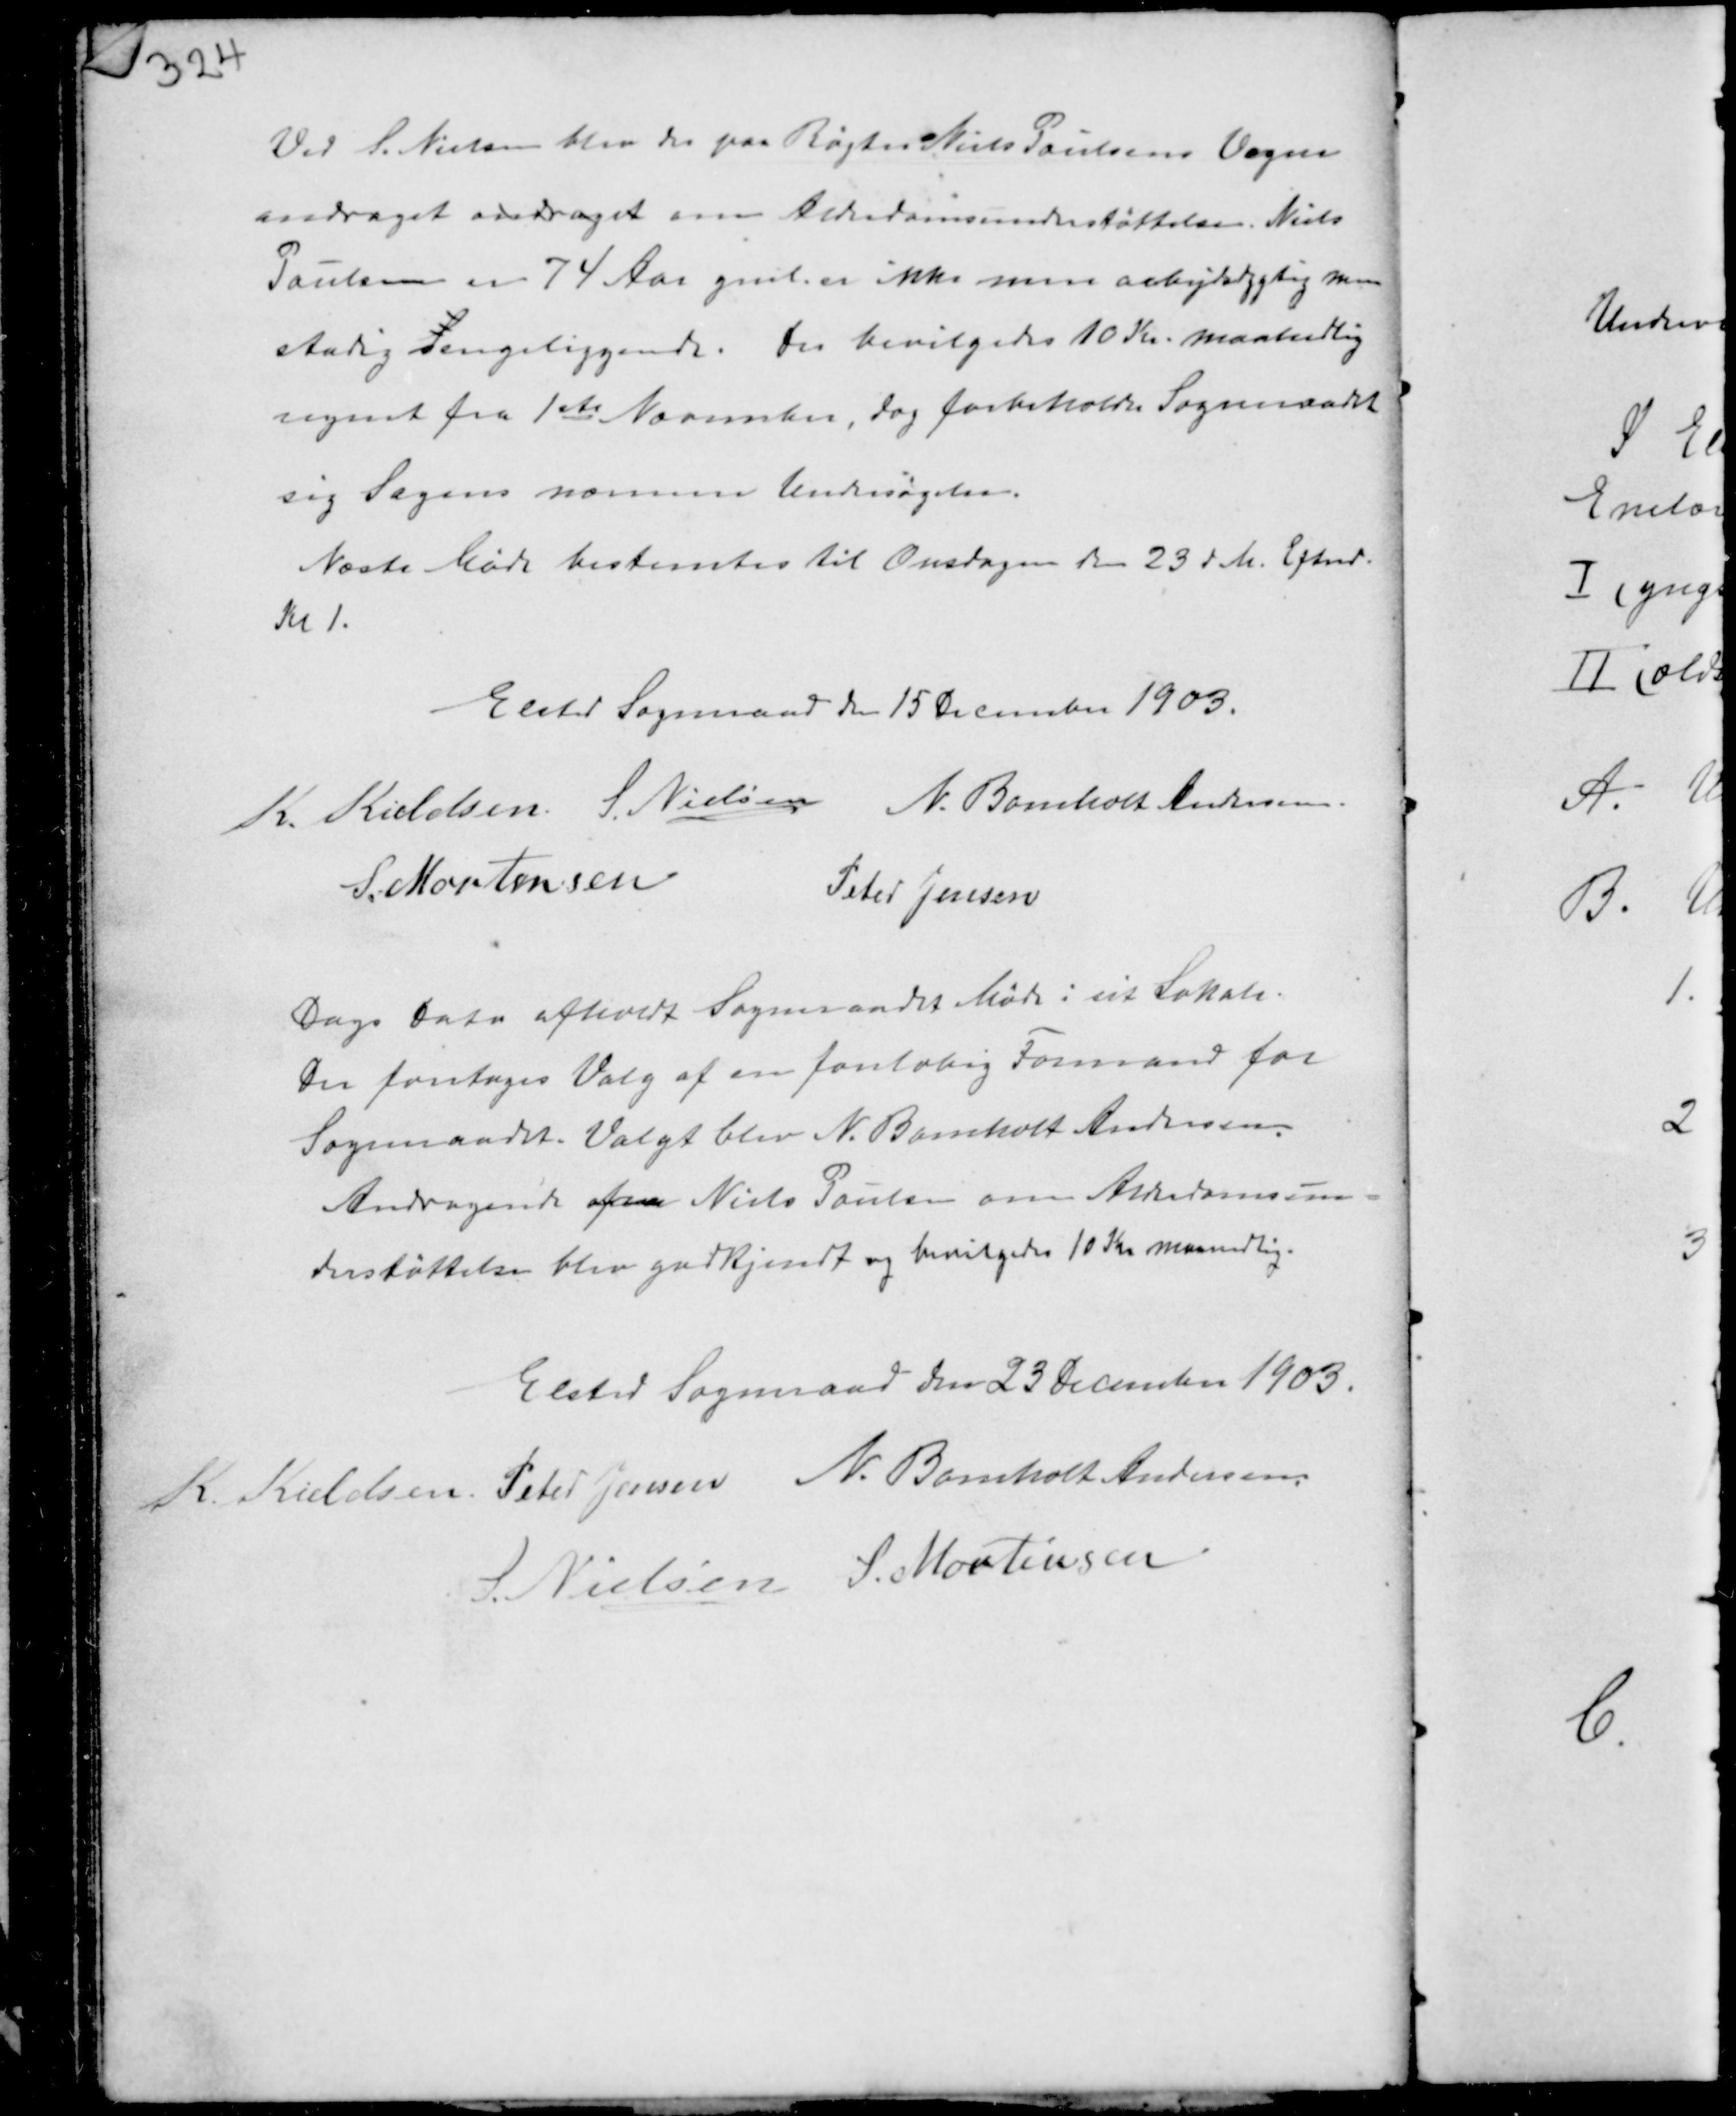
Transskription:
Ved S. Nielsen blev der paa Røgter Niels Poulsens Vegne
andraget andraget om Alderdomsunderstøttelse. Niels
Poulsen er 74 Aar gml er ikke mere arbejdsdygtig men
stadig Sengeliggende. Der bevilges 10 Kr. maanedlig
regnet fra 1ste November, dog forbeholder Sogneraadet
sig Sagens nærmere Undersøgelse.
Næste Møde bestemtes til Onsdagen den 23 d.M. Eftnd.
Kl 1.

Elsted Sogneraad den 15 December 1903.
K. Kieldsen S. Nielsen N. Bomholt Andersen
S. Mortensen
Peter Jensen

Dags Dato afholdt Sogneraadet Møde i sit Lokale.
Der foretoges Valg af en foreløbig Formand for
Sogneraadet. Valgt blev N. Bomholt Andersen.
Andragende fra Niels Poulsen om Alderdomsun-
derstøttelse blev godkjendt og bevilligedes 10 Kr maaanedlig.

Elsted Sogneraad den 23 December 1903.
K. Kieldsen Peter Jensen N. Bomholt Andersen
S. Nielsen S. Mortensen